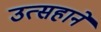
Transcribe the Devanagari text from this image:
उत्सहाने